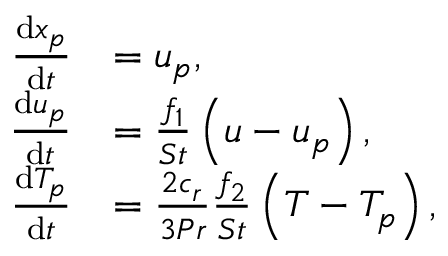
\begin{array} { r l } { \frac { \mathrm { d } \boldsymbol { x } _ { p } } { \mathrm { d } t } } & { = \boldsymbol { u } _ { p } , } \\ { \frac { \mathrm { d } \boldsymbol { u } _ { p } } { \mathrm { d } t } } & { = \frac { f _ { 1 } } { S t } \left( \boldsymbol { u } - \boldsymbol { u } _ { p } \right) , } \\ { \frac { \mathrm { d } T _ { p } } { \mathrm { d } t } } & { = \frac { 2 c _ { r } } { 3 P r } \frac { f _ { 2 } } { S t } \left( T - T _ { p } \right) , } \end{array}